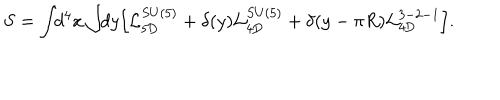
LaTeX: S = \int \! \! d ^ { 4 } x \int \! \! d y \Bigl [ { \cal L } _ { \mathrm { 5 D } } ^ { S U ( 5 ) } + \delta ( y ) { \cal L } _ { \mathrm { 4 D } } ^ { S U ( 5 ) } + \delta ( y - \pi R ) { \cal L } _ { \mathrm { 4 D } } ^ { 3 - 2 - 1 } \Bigr ] .